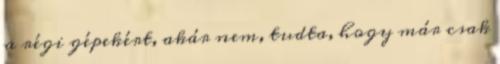
a régi gépekért, akár nem, tudta, hogy már csak